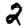
Digit: 2